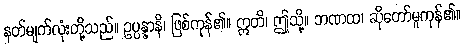
နတ်မျက်လုံးတို့သည်။ ဥပ္ပန္နာနိ၊ ဖြစ်ကုန်၏။ ဣတိ၊ ဤသို့။ ဘဏထ၊ ဆိုတော်မူကုန်၏။